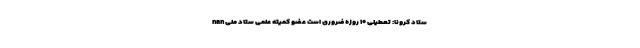
nan ستاد کرونا: تعطیلی ۱۰ روزه ضروری است عضو کمیته علمی ستاد ملی